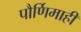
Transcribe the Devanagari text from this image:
पौर्णिमाही